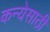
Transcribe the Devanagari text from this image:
कन्येसाठी